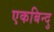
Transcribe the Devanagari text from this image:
एकबिन्दु